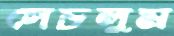
সেচলুম